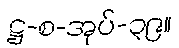
ဋ္ဌ-စ-အုပ်-၃၉။